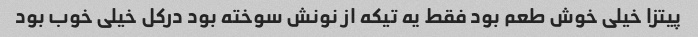
پیتزا خیلی خوش طعم بود فقط یه تیکه از نونش سوخته بود درکل خیلی خوب بود